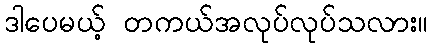
ဒါပေမယ့် တကယ်အလုပ်လုပ်သလား။